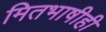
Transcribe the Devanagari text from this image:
मितभाषीही